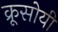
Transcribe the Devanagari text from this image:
क्रूसोयी